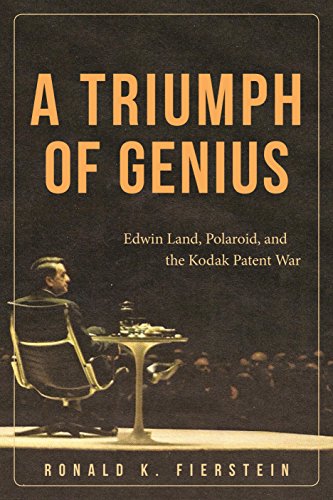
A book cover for A Triumph of Genius: Edwin Land, Polaroid, and the Kodak Patent War; Ronald K. Fierstein; Arts & Photography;